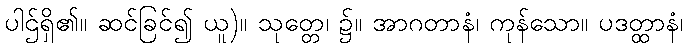
ပါဌ်ရှိ၏။ ဆင်ခြင်၍ ယူ)။ သုတ္တေ၊ ၌။ အာဂတာနံ၊ ကုန်သော။ ပဒတ္ထာနံ၊